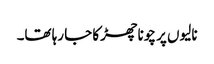
نالیوں پر چونا چھڑکا جا رہا تھا۔